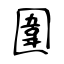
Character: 圍